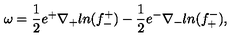
\omega = { \frac { 1 } { 2 } } e ^ { + } \nabla _ { + } l n ( f _ { - } ^ { + } ) - { \frac { 1 } { 2 } } e ^ { - } \nabla _ { - } l n ( f _ { + } ^ { - } ) ,